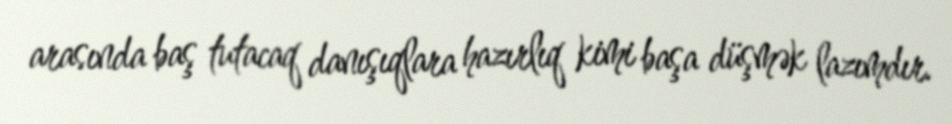
arasında baş tutacaq danışıqlara hazırlıq kimi başa düşmək lazımdır.